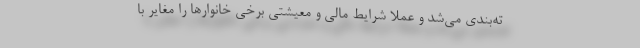
ته‌بندی می‌شد و عملاً شرایط مالی و معیشتی برخی خانوارها را مغایر با